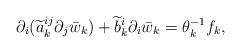
LaTeX: \begin{align*}\partial_i(\widetilde a_k^{ij}\partial_j\bar w_k)+\widetilde b_k^i\partial_i\bar w_k=\theta_k^{-1}f_k,\end{align*}